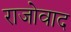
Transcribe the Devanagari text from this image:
राजोवाद